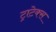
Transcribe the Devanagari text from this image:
ट्राटेक्स